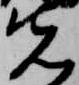
先